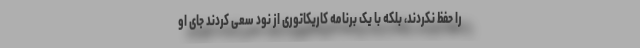
را حفظ نکردند، بلکه با یک برنامه کاریکاتوری از نود سعی کردند جای او